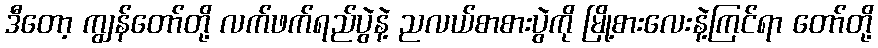
ဒီတော့ ကျွန်တော်တို့ လက်ဖက်ရည်ပွဲနဲ့ ညလယ်စာစားပွဲကို မြို့စားလေးနဲ့ကြင်ရာ တော်တို့